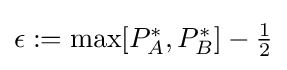
{\textstyle \epsilon :=\max[P_{A}^{*},P_{B}^{*}]-{\frac {1}{2}}}